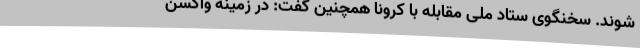
شوند. سخنگوی ستاد ملی مقابله با کرونا همچنین گفت: در زمینه واکسن